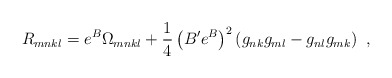
\begin{align*}R_{mnkl}=e^B\Omega_{mnkl} +\frac{1}{4}\left(B'e^B\right)^2\left(g_{nk}g_{ml}-g_{nl}g_{mk}\right)~,\end{align*}